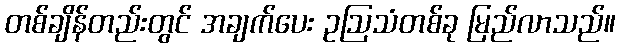
တစ်ချိန်တည်းတွင် အချက်ပေး ဥဩသံတစ်ခု မြည်လာသည်။